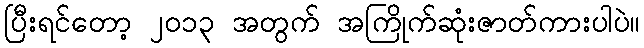
ပြီးရင်တော့ ၂၀၁၃ အတွက် အကြိုက်ဆုံးဇာတ်ကားပါပဲ။